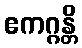
ဧကဂ္ဂန္တိ